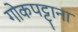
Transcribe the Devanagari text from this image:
गोकपट्टाना